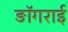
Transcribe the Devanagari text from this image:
ङॉगराई